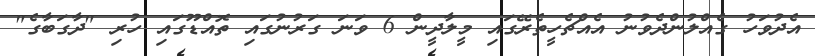
އެދުވަހު ގެއްލުންދެވުނު އެއްޗެހީތެރޭގައި މީލާދީން 6 ވަނަ ގަރުނުގައި ތޮއްޑޫގައި ހުރި "ދާގަބާގެ"